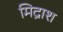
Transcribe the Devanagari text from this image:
मिद्राश